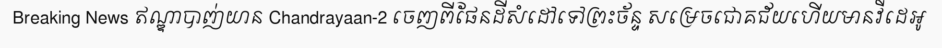
Breaking News ឥណ្ឌាបាញ់យាន Chandrayaan-2 ចេញពីផែនដីសំដៅទៅព្រះច័ន្ទ សម្រេចជោគជ័យហើយមានវីដេអូ